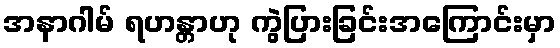
အနာဂါမ် ရဟန္တာဟု ကွဲပြားခြင်းအကြောင်းမှာ